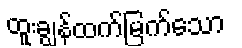
ထူးချွန်ထက်မြက်သော